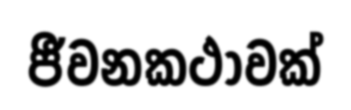
ජීවනකථාවක්